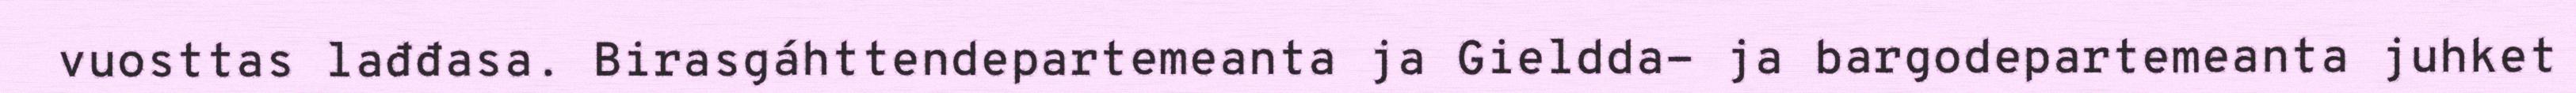
vuosttas lađđasa. Birasgáhttendepartemeanta ja Gieldda- ja bargodepartemeanta juhket